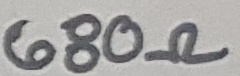
Text: 680Ω